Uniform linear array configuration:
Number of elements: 4
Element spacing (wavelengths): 0.5
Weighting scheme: hann
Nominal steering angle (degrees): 15
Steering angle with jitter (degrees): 16.873
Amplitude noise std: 0.05
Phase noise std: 0.05

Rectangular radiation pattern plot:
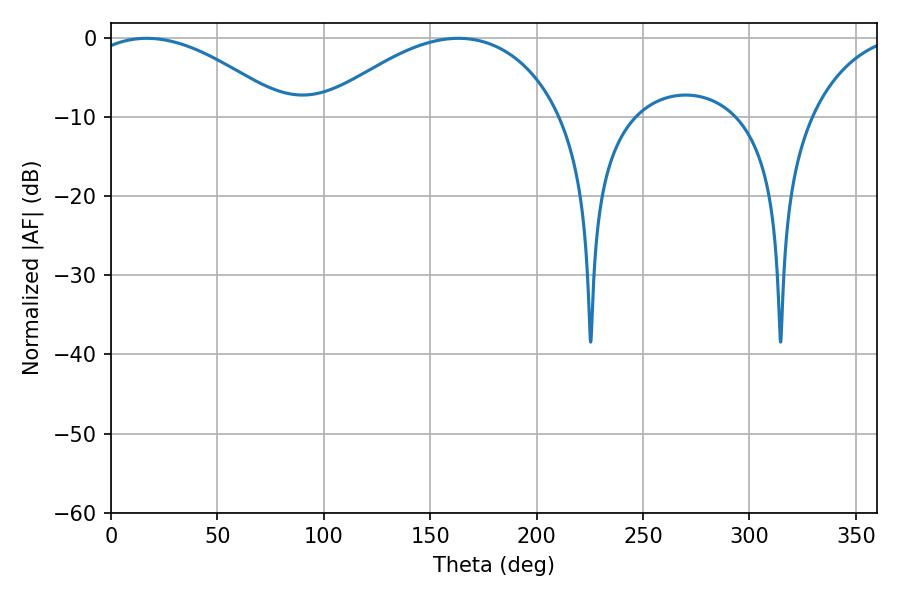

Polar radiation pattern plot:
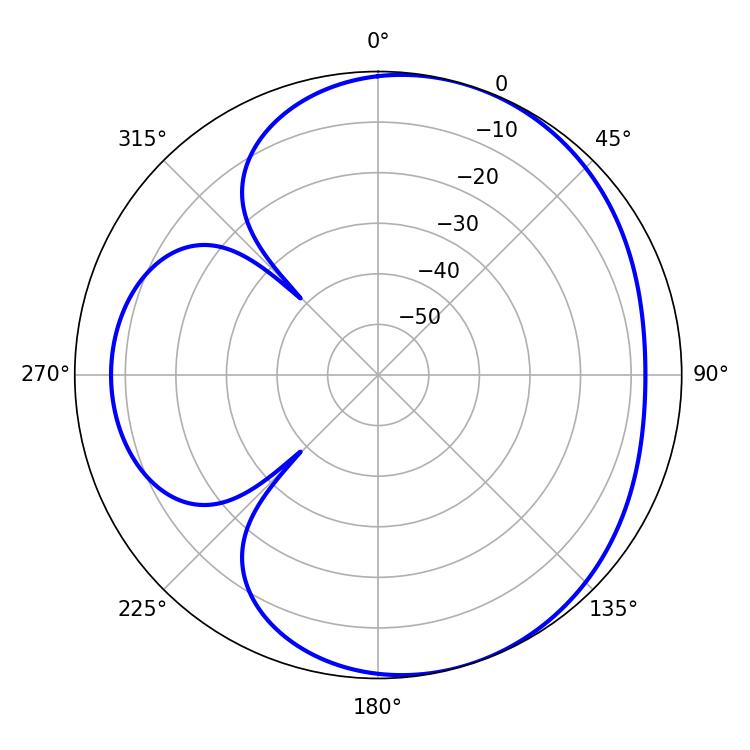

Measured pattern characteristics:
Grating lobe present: FALSE
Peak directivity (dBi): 4.538
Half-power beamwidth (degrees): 52.02
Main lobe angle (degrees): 16.74